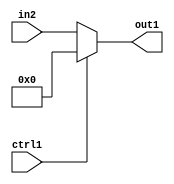
`timescale 1ps / 1ps
/*****************************************************************************
    Verilog RTL Description
    
    
    Created by: Stratus DpOpt 2019.1.01 
*******************************************************************************/

module DC_Filter_N_Mux_12_2_0_1 (
	in2,
	ctrl1,
	out1
	); /* architecture "behavioural" */ 
input [11:0] in2;
input  ctrl1;
output [11:0] out1;
wire [11:0] asc001;

reg [11:0] asc001_tmp_0;
assign asc001 = asc001_tmp_0;
always @ (ctrl1 or in2) begin
	case (ctrl1)
		1'B1 : asc001_tmp_0 = 12'B000000000000 ;
		default : asc001_tmp_0 = in2 ;
	endcase
end

assign out1 = asc001;
endmodule

/* CADENCE  uLX1TA8= : u9/ySgnWtBlWxVPRXgAZ4Og= ** DO NOT EDIT THIS LINE ******/